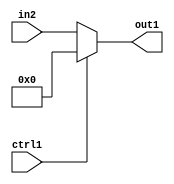
`timescale 1ps / 1ps
/*****************************************************************************
    Verilog RTL Description
    
    
    Created by: Stratus DpOpt 2019.1.01 
*******************************************************************************/

module DC_Filter_N_Mux_12_2_0_1 (
	in2,
	ctrl1,
	out1
	); /* architecture "behavioural" */ 
input [11:0] in2;
input  ctrl1;
output [11:0] out1;
wire [11:0] asc001;

reg [11:0] asc001_tmp_0;
assign asc001 = asc001_tmp_0;
always @ (ctrl1 or in2) begin
	case (ctrl1)
		1'B1 : asc001_tmp_0 = 12'B000000000000 ;
		default : asc001_tmp_0 = in2 ;
	endcase
end

assign out1 = asc001;
endmodule

/* CADENCE  uLX1TA8= : u9/ySgnWtBlWxVPRXgAZ4Og= ** DO NOT EDIT THIS LINE ******/